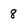
Character: 8